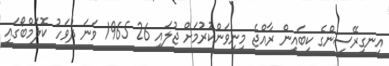
އިނގިރޭސީންގެ ކިބައިން ރާއްޖެ މިނިވަންކުރުމަށް ޖުލައި 26 1965 ވަނަ ދުވަހު ކޮލަމްބޯގައި